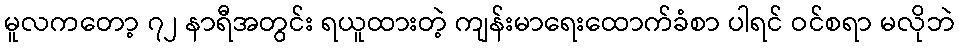
မူလကတော့ ၇၂ နာရီအတွင်း ရယူထားတဲ့ ကျန်းမာရေးထောက်ခံစာ ပါရင် ဝင်စရာ မလိုဘဲ